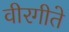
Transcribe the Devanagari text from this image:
वीरगीते